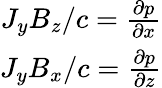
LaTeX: \begin{array}{r}{J_{y}B_{z}/c=\frac{\partial p}{\partial x}}\\ {J_{y}B_{x}/c=\frac{\partial p}{\partial z}}\end{array}